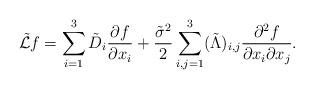
LaTeX: \begin{align*}\tilde{\mathcal{L}}f =\sum_{i=1}^{3}\tilde{D}_{i}\frac{\partial f}{\partial x_{i}}+\frac{\tilde{\sigma}^{2}}{2}\sum_{i,j=1}^{3}(\tilde{\Lambda})_{i,j}\frac{\partial^{2}f}{\partial x_{i}\partial x_{j}}.\end{align*}